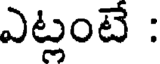
ఎట్లంటే :